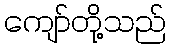
ကျော်တို့သည်